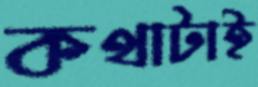
কথাটাই